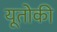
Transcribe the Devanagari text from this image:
यूतोकी